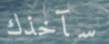
سآخذك